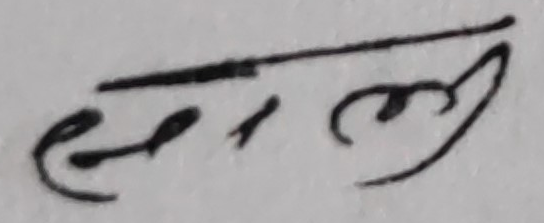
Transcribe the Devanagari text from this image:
हरलाल